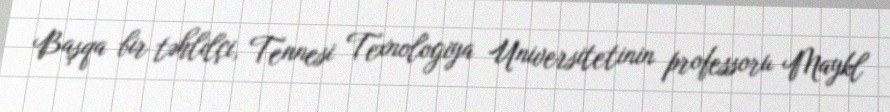
Başqa bir təhlilçi, Tennesi Texnologiya Universitetinin professoru Maykl